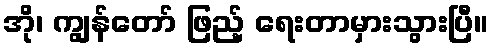
အို၊ ကျွန်တော် ဖြည့် ရေးတာမှားသွားပြီ။